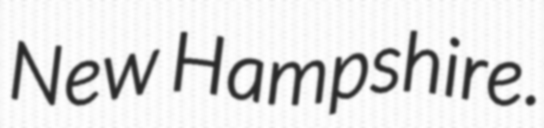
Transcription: New Hampshire.